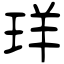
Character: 珜